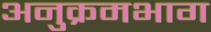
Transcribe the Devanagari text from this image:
अनुक्रमभाग